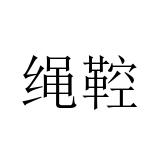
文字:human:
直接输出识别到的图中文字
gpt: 绳鞚